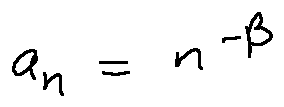
a _ { n } = n ^ { - \beta }